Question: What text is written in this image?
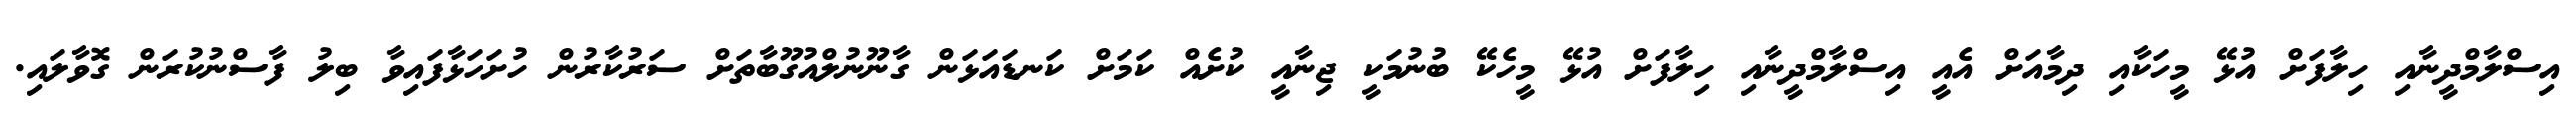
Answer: އިސްލާމްދީނާއި ހިލާފަށް އުޅޭ މީހަކާއި ދިމާއަށް އެއީ އިސްލާމްދީނާއި ހިލާފަށް އުޅޭ މީހެކޭ ބުނުމަކީ ޖިނާއީ ކުށެއް ކަމަށް ކަނޑައަޅަން ގާނޫނުލްއުގޫބާތަށް ސަރުކާރުން ހުށަހަޅާފައިވާ ބިލު ފާސްނުކުރަން ގޮވާލައި.